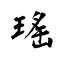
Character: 瑤